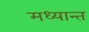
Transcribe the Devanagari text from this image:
मध्यान्त